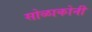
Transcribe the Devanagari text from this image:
सोळाकोनी